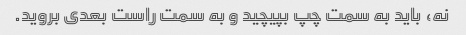
نه، باید به سمت چپ بپیچید و به سمت راست بعدی بروید.